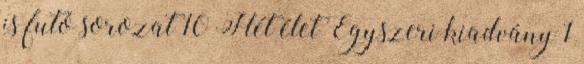
is futó sorozat 10 Hét élet Egyszeri kiadvány 1